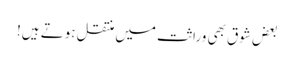
بعض شوق بھی وراثت میں منتقل ہوتے ہیں!